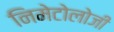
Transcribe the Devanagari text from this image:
निमेटोलोजी